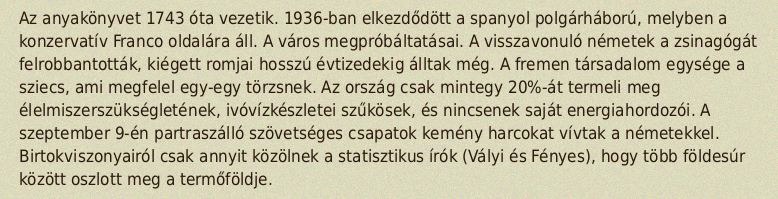
Az anyakönyvet 1743 óta vezetik. 1936-ban elkezdődött a spanyol polgárháború, melyben a konzervatív Franco oldalára áll. A város megpróbáltatásai. A visszavonuló németek a zsinagógát felrobbantották, kiégett romjai hosszú évtizedekig álltak még. A fremen társadalom egysége a sziecs, ami megfelel egy-egy törzsnek. Az ország csak mintegy 20%-át termeli meg élelmiszerszükségletének, ivóvízkészletei szűkösek, és nincsenek saját energiahordozói. A szeptember 9-én partraszálló szövetséges csapatok kemény harcokat vívtak a németekkel. Birtokviszonyairól csak annyit közölnek a statisztikus írók (Vályi és Fényes), hogy több földesúr között oszlott meg a termőföldje.